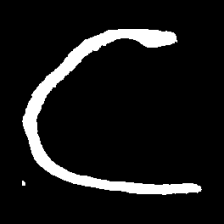
Pyu character \u2014 Myanmar letter: င (romanized: nga)